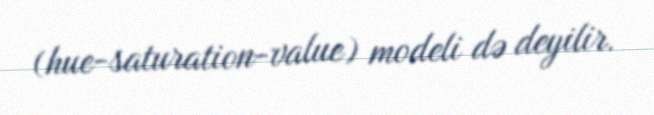
(hue-saturation-value) modeli də deyilir.